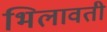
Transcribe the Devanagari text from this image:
भिलावती